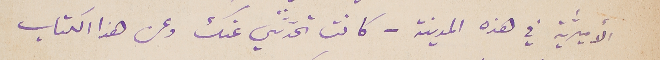
الأميرﱣية في هذه المدينة – كانت تحدثني عنك وعن هذا الكتاب